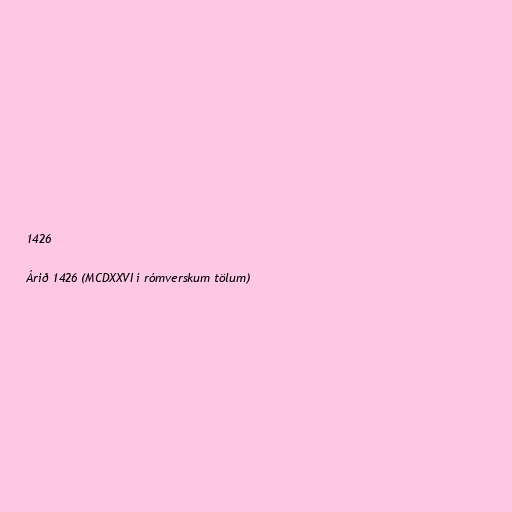
1426

Árið 1426 (MCDXXVI í rómverskum tölum)